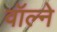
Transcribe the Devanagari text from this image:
वॉल्ने